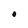
Character: O